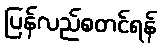
ပြန်လည်စတင်ရန်